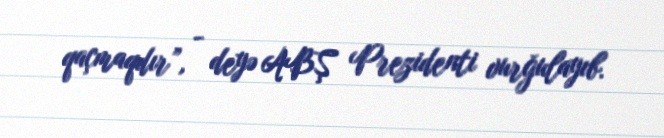
qaçmaqdır”, - deyə ABŞ Prezidenti vurğulayıb.